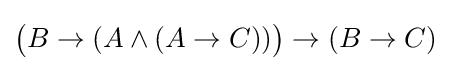
{\big (}B\to (A\land (A\to C)){\big )}\to (B\to C)